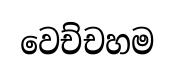
වෙච්චහම